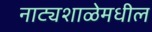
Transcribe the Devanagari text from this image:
नाट्यशाळेमधील